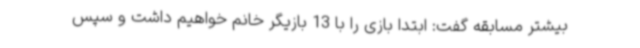
بیشتر مسابقه گفت: ابتدا بازی را با 13 بازیگر خانم خواهیم داشت و سپس